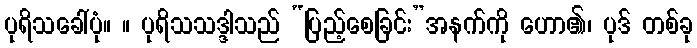
ပုရိသခေါ်ပုံ။ ။ ပုရိသသဒ္ဒါသည် “ပြည့်စေခြင်း”အနက်ကို ဟော၏၊ ပုဒ် တစ်ခု